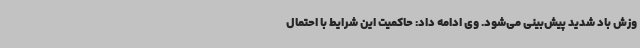
وزش باد شدید پیش‌بینی می‌شود. وی ادامه داد: حاکمیت این شرایط با احتمال